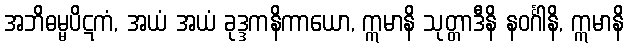
အဘိဓမ္မပိဋကံ, အယံ အယံ ခုဒ္ဒကနိကာယော, ဣမာနိ သုတ္တာဒီနိ နဝင်္ဂါနိ, ဣမာနိ